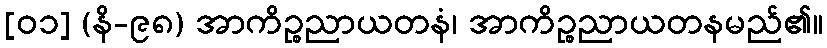
[၀၁] (နိ-၉၈) အာကိဉ္စညာယတနံ၊ အာကိဉ္စညာယတနမည်၏။